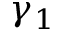
\gamma _ { 1 }